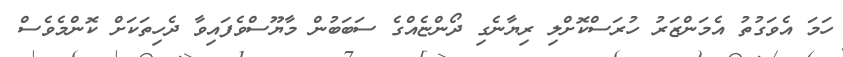
ހަމަ އެވަގުތު އެމަންޒަރު ހުރަސްކޮށްލި ރިޔާނެގި ދޯންޏެއްގެ ސަބަބުން މާޔޫސްވެފައިވާ ދެހިތަކަށް ކޮންމެވެސް